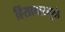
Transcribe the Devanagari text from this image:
हिंसाचारमुळे